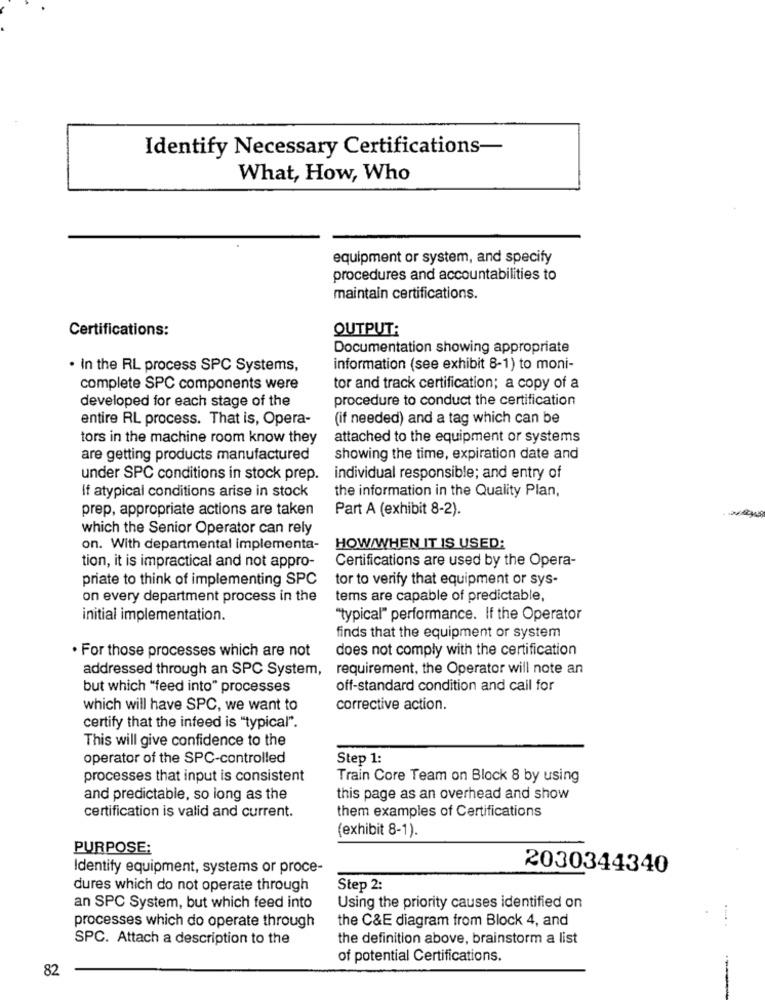
Identify Necessary Certifications-
What, How, Who
equipment or system, and specify
procedures and accountabilities to
maintain certifications.
Certifications:
OUTPUT:
Documentation showing appropriate
. In the RL process SPC Systems,
information (see exhibit 8-1) to moni-
complete SPC components were
tor and track certification; a copy of a
developed for each stage of the
procedure to conduct the certification
entire RL process. That is, Opera-
(if needed) and a tag which can be
tors in the machine room know they
attached to the equipment or systems
are getting products manufactured
showing the time, expiration date and
under SPC conditions in stock prep.
individual responsible; and entry of
If atypical conditions arise in stock
the information in the Quality Plan,
prep, appropriate actions are taken
Part A (exhibit 8-2).
which the Senior Operator can rely
on. With departmental implementa-
HOW/WHEN IT IS USED:
Certifications are used by the Opera-
tion, it is impractical and not appro-
priate to think of implementing SPC
tor to verify that equipment or sys-
on every department process in the
tems are capable of predictable,
initial implementation.
"typical" performance. If the Operator
finds that the equipment or system
. For those processes which are not
does not comply with the certification
addressed through an SPC System,
requirement, the Operator will note an
but which "feed into" processes
off-standard condition and call for
which will have SPC, we want to
corrective action.
certify that the infeed is "typical".
This will give confidence to the
operator of the SPC-controlled
Step 1:
processes that input is consistent
Train Core Team on Block 8 by using
and predictable, so long as the
this page as an overhead and show
certification is valid and current.
them examples of Certifications
exhibit 8-1).
PURPOSE:
Identify equipment, systems or proce-
2030344340
dures which do not operate through
Step 2:
an SPC System, but which feed into
Using the priority causes identified on
the C&E diagram from Block 4, and
processes which do operate through
SPC. Attach a description to the
the definition above, brainstorm a list
of potential Certifications.
82